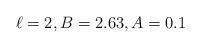
LaTeX: \begin{align*}\ell = 2, B = 2.63, A=0.1\end{align*}